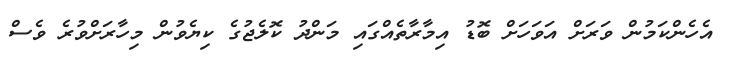
އެހެންކަމުން ވަރަށް އަވަހަށް ބޮޑު އިމާރާތެއްގައި މަންދު ކޮލެޖުގެ ކިޔެވުން މިހާރަށްވުރެ ވެސް